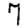
Digit: 7